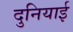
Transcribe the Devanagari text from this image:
दुनियाई